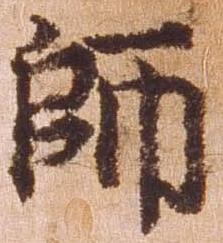
師